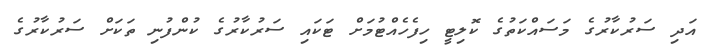
އަދި ސަރުކާރުގެ މަސައްކަތުގެ ކޮލިޓީ ހިފެހެއްޓުމަށް ޓަކައި ސަރުކާރުގެ ކުންފުނި ތަކަށް ސަރުކާރުގެ